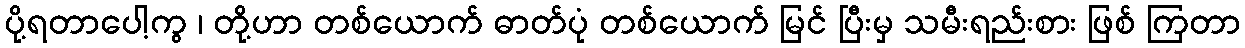
ပို့ရတာပေါ့ကွ ၊ တို့ဟာ တစ်ယောက် ဓာတ်ပုံ တစ်ယောက် မြင် ပြီးမှ သမီးရည်းစား ဖြစ် ကြတာ